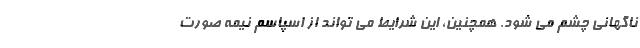
ناگهانی چشم می شود. همچنین، این شرایط می تواند از اسپاسم نیمه صورت